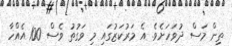
ތިން މަސް ދުވަހަށެވެ. އެ މަރުކަޒުގައި މި ވަގުތު ވެސް 100 އެއްހާ